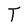
Character: T